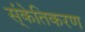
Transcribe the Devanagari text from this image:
स्ंकेतिकरण